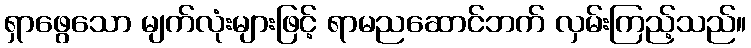
ရှာဖွေသော မျက်လုံးများဖြင့် ရာမညဆောင်ဘက် လှမ်းကြည့်သည်။